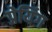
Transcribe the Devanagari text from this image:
प्रेयिंग